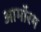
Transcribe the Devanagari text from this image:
आर्मोरम